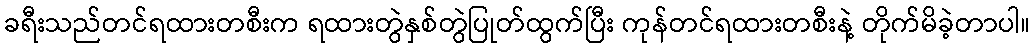
ခရီးသည်တင်ရထားတစီးက ရထားတွဲနှစ်တွဲပြုတ်ထွက်ပြီး ကုန်တင်ရထားတစီးနဲ့ တိုက်မိခဲ့တာပါ။